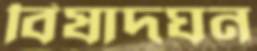
বিষাদঘন